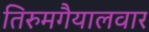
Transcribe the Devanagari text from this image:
तिरुमगैयालवार